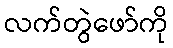
လက်တွဲဖော်ကို